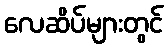
လေဆိပ်များတွင်